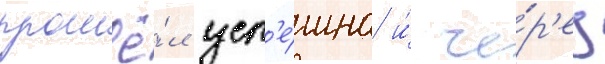
прошё́л усп'е́шно и́ че́р'ез